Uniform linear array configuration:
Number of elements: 64
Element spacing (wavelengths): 0.75
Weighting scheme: hann
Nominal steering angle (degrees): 15
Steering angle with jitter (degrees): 14.36
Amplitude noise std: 0.05
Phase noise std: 0.05

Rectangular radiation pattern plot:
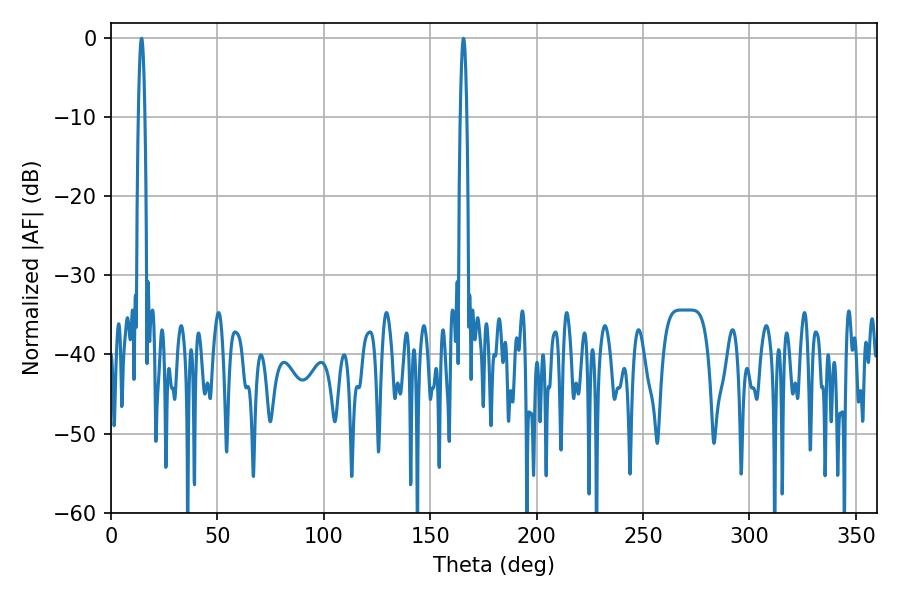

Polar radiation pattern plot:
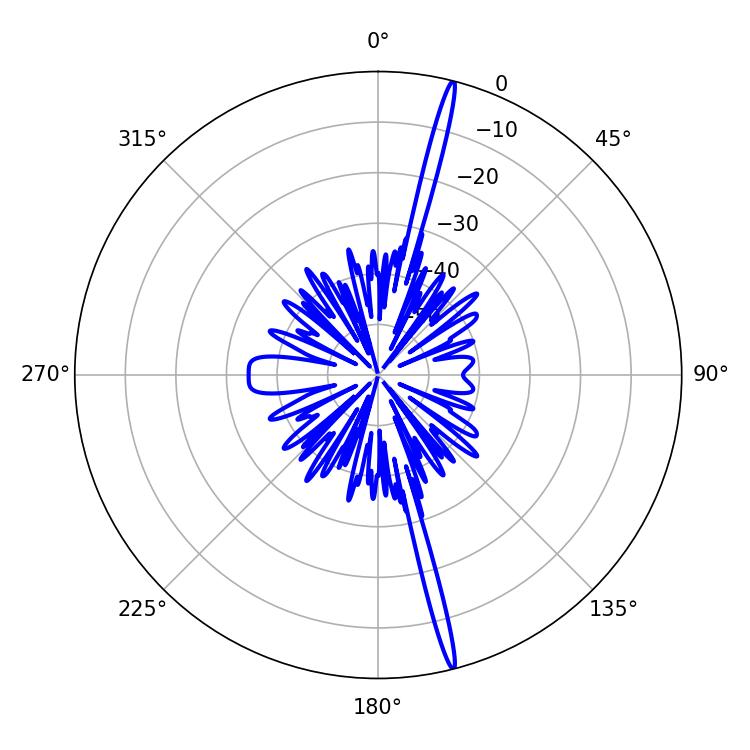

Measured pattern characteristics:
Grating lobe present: TRUE
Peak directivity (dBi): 20.92
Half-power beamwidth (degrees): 1.62
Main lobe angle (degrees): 14.4